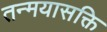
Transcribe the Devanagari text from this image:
तन्मयासक्ति